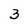
Character: 3